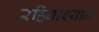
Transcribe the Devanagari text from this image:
रहिवाश्याने